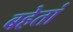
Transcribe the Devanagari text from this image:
बहेतां